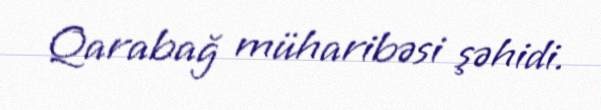
Qarabağ müharibəsi şəhidi.